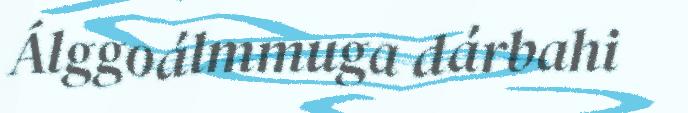
Álggoálmmuga dárbahi